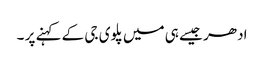
ادھر جیسے ہی میں پلوی جی کے کہنے پر ۔